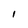
Character: I